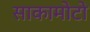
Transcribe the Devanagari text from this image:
साकामोटो